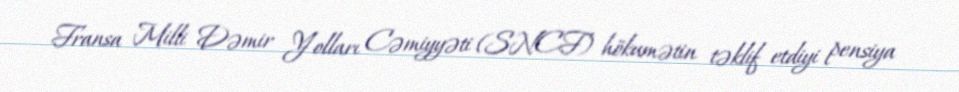
Fransa Milli Dəmir Yolları Cəmiyyəti (SNCF) hökumətin təklif etdiyi pensiya